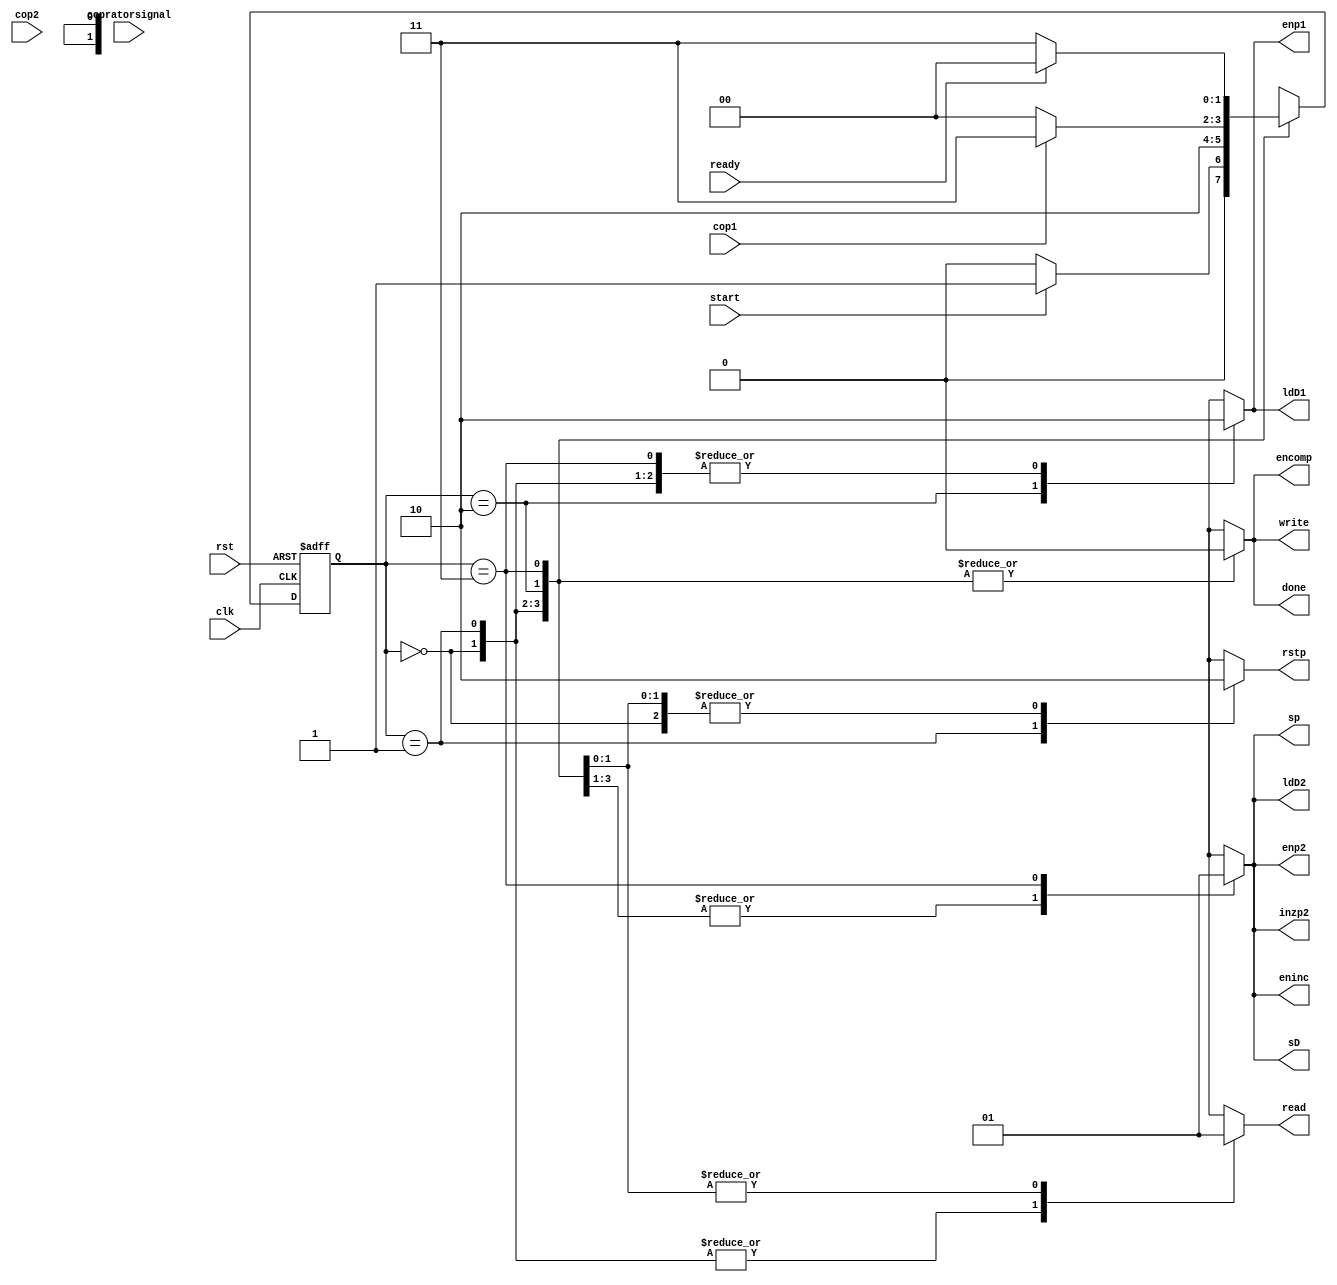
module ControllerUnit (input clk, rst ,start, ready, cop1, cop2, copratorsignal, output reg rstp, enp1, enp2, ldD1, ldD2, sp, sD, read, write, eninc, inzp2, encomp, done);
  parameter [3:0]
  Idle=0, Reset=1, Cnt1=2, Cnt2=3, Compare=4, Write1=5, Write2=6, Move=7, Done=8;
  reg [1:0] pstate, nstate;

  always @(pstate, start, ready, cop1, cop2, copratorsignal) begin
    nstate = Idle;
    {rstp, enp1, enp2, ldD1, ldD2, sp, sD, read, write, eninc, inzp2, encomp, done} = 13'b0000000000000;

    case (pstate)
        Idle    :begin nstate = start ? Reset : Idle; end
        Reset   :begin nstate = Cnt1; rstp = 1'b1; end    
        Cnt1    :begin nstate = cop1 ? Cnt2 : Done; {enp1,read,ldD1} = 3'b111; sD = 1'b0 ;sp = 1'b0; end
        Cnt2    :begin nstate = ready ? Compare : Cnt2; {enp2,read,inzp2,eninc,ldD2} = 5'b11111; sD = 1'b1 ;sp = 1'b1; end
	Compare :begin nstate = copratorsignal ? Write1 : Move; encomp = 1'b0; end
	Write1  :begin nstate = ready ? Write2 : Write1; write = 1'b1; sp = 1'b0; sD= 1'b1; end
	Write2  :begin nstate = ready ? Move : Write2; write = 1'b1; sp = 1'b1; sD= 1'b0; end
	Move	:begin nstate = cop2 ? Cnt1 : Compare; end
	Done	:begin nstate = Done; done = 1'b1;end
    endcase
  end

  always @(posedge clk or posedge rst) begin
    if (rst)
      pstate <= Idle;
    else
      pstate <= nstate;
  end
endmodule